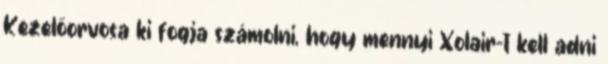
Kezelőorvosa ki fogja számolni, hogy mennyi Xolair-t kell adni